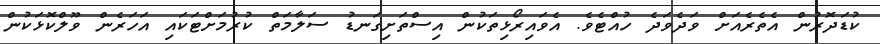
ކުޑަދޮރުން އެތެރެއަށް ވަދެވަދެ ހުއްޓެވެ. އެވައިރޯޅިތަކުން އިސްތަށިގަނޑު ސަލާމަތް ކުރުމަށްޓަކައި އަހަރެން ވޫލްކޮޅަކުން